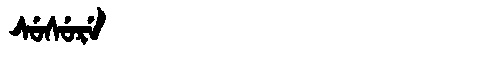
Manchu: ᠰᡠᠰᡠᡵᡝ
Romanization: SUSURE